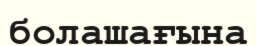
болашағына